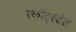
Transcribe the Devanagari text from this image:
स्कॉट्स्डेल